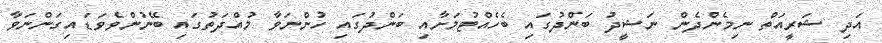
އަދި ޝަރީއަތް ނިމެންދެން ނަޝީދު ބަންދުގައި ބެހެއްޓުމަށާއި ބަންދުގައި ހުންނަވާ މުއްދަތުގައި ބޭނުންވެވަޑައިގަންނަވާ